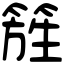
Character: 𥰁